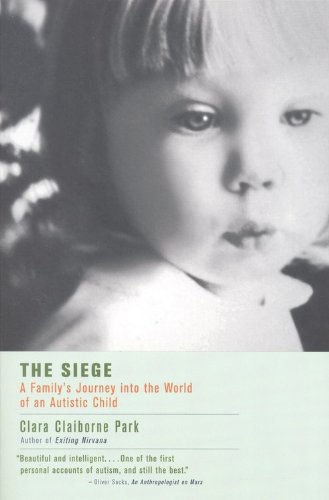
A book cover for The Siege: A Family's Journey Into the World of an Autistic Child; Clara Claiborne Park; Parenting & Relationships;